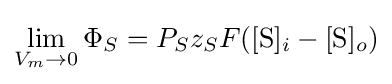
\lim _{V_{m}\rightarrow 0}\Phi _{S}=P_{S}z_{S}F([{\mbox{S}}]_{i}-[{\mbox{S}}]_{o})